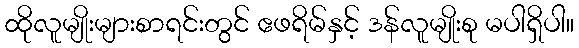
ထိုလူမျိုးများစာရင်းတွင် ဧဖရိမ်နှင့် ဒန်လူမျိုးစု မပါရှိပါ။